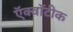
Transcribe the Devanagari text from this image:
ऍक्वॉटीक